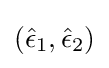
({\hat {\epsilon }}_{1},{\hat {\epsilon }}_{2})